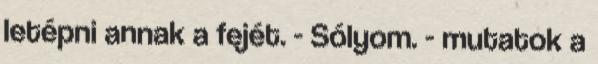
letépni annak a fejét. - Sólyom. - mutatok a